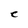
Character: C